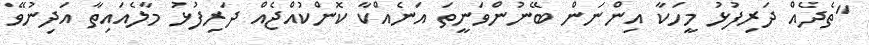
"ތެދެއް ދަރިފުޅު މީހަކާ އިންނަން ބޭނުންވަނީތަ އަނެއްކާ ކޮންކުއްޖެއް ދަރިފުޅު މާލެއައިތާ އަދިނުވޭ